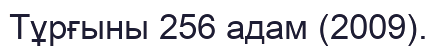
Тұрғыны 256 адам (2009).